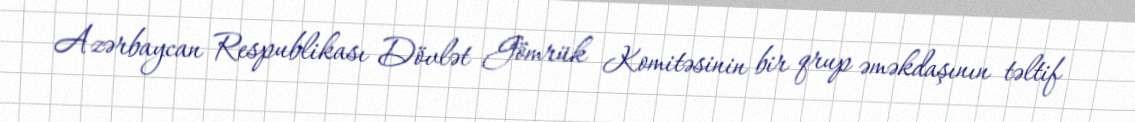
Azərbaycan Respublikası Dövlət Gömrük Komitəsinin bir qrup əməkdaşının təltif